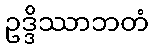
ဥဒ္ဒိဿာဘတံ